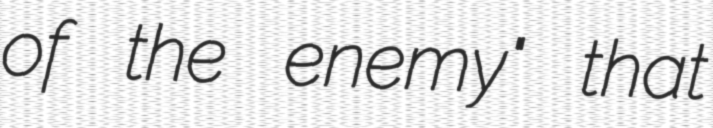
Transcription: of the enemy" that